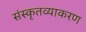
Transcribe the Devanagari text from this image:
संस्कृतव्याकरण